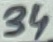
Text: 34